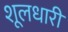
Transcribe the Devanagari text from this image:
शूलधारी